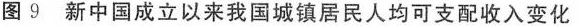
图9新中国成立以来我国城镇居民人均可支配收入变化